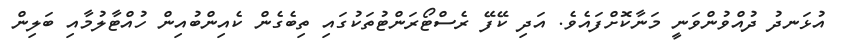
އުޅަނދު ދުއްވުންވަނީ މަނާކޮށްފައެވެ. އަދި ކޭފޭ ރެސްޓޯރަންޓުތަކުގައި ތިބެގެން ކެއިންބުއިން ހުއްޓާލުމާއި ބަލިން